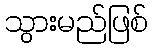
သွားမည်ဖြစ်